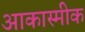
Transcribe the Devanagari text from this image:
आकास्मीक